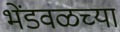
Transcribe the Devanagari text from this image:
भेंडवळच्या